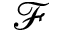
\mathcal { F }